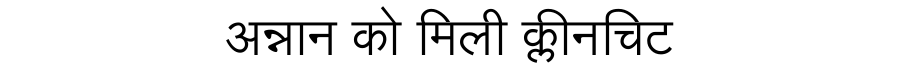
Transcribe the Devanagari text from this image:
अन्नान को मिली क्लीनचिट